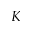
K